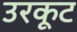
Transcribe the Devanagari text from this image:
उरकूट